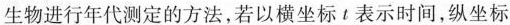
古生物进行年代测定的方法，若以横坐标t表示时间，纵坐标